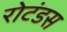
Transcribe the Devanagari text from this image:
रोटंडस